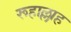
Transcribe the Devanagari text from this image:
रूहाल्लाह